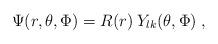
LaTeX: \begin{align*}\Psi(r,\theta,\Phi) = R(r)\:Y_{lk}(\theta,\Phi)\;, \end{align*}